Medical and sanitary report of the native army of Bengal for the year
Year: 1874
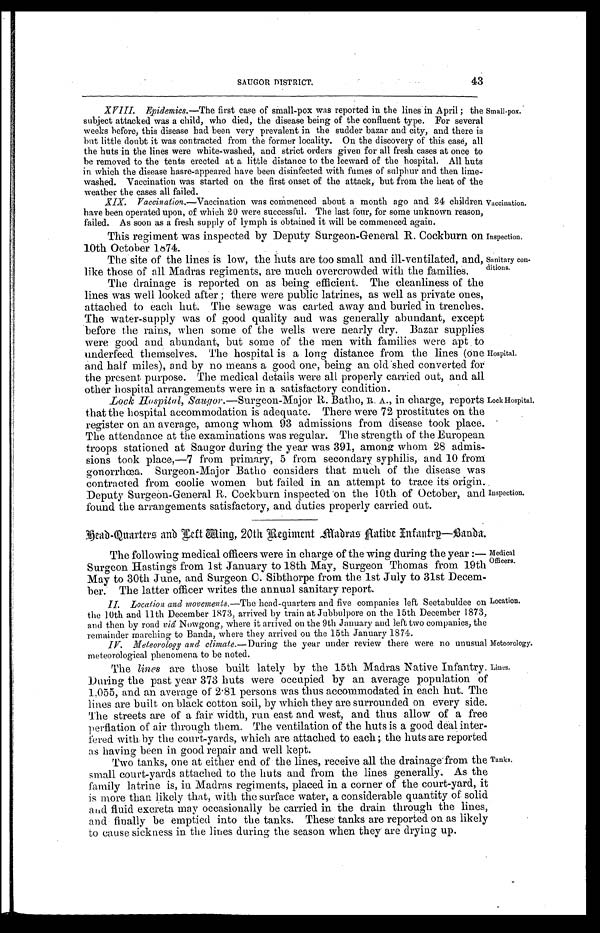
43
SAUGOR DISTRICT.
XVIII. Epidemics.—The first case of small-pox was reported in the lines in April ; the
subject attacked was a child, who died, the disease being of the confluent type. For several
weeks before, this disease had been very prevalent in the sudder bazar and city, and there is
but little doubt it was contracted from the former locality. On the discovery of this case, all
the huts in the lines were white-washed, and strict orders given for all fresh cases at once to
be removed to the tents erected at a little distance to the leeward of the hospital. All huts
in which the disease hasre-appeared have been disinfected with fumes of sulphur and then lime-
washed. Vaccination was started on the first onset of the attack, but from the heat of the
weather the cases all failed.
XIX. Vaccination .—Vaccination was commenced about a month ago and 24 children
have been operated upon, of which 20 were successful. The last four, for some unknown reason,
failed. As soon as a fresh supply of lymph is obtained it will be commenced again.
This regiment was inspected by Deputy Surgeon-General R. Cockburn on
10th October 1874.
The site of the lines is low, the huts are too small and ill-ventilated, and,
like those of all Madras regiments, are much overcrowded with the families.
Small-pox.
Vaccination.
Inspection.
Sanitary con-
ditions.
The drainage is reported on as being efficient. The cleanliness of the
lines was well looked after ; there were public latrines, as well as private ones,
attached to each hut. The sewage was carted away and buried in trenches.
The water-supply was of good quality and was generally abundant, except
before the rains, when some of the wells were nearly dry. Bazar supplies
were good and abundant, but some of the men with families were apt to
underfeed themselves. The hospital is a long distance from the lines (one
and half miles), and by no means a good one, being an old shed converted for
the present purpose. The medical details were all properly carried out, and all
other hospit al arrangements were in a satisfactory condition.
Lock Hospital, Saugor. .—Surgeon-Major R. Batho, R. A., in charge, reports
that the hospital accommodation is adequate. There were 72 prostitutes on the
register on an average, among whom 93 admissions from disease took place.
The attendance at the examinations was regular. The strength of the European
troops stationed at Saugor during the year was 391, among whom 28 admis-
sions took place,—7 from primary, 5 from secondary syphilis, and 10 from
gonorrhœa. Surgeon-Major Batho considers that much of the disease was
contracted from coolie women but failed in an attempt to trace its origin.
Deputy Surgeon-General R. Cockburn inspected on the 10th of October, and
found the arrangements satisfactory, and duties properly carried out.
Head-Quarters and Left Wing, 20th Regiment Madras Native Infantry—Banda.
The following medical officers were in charge of the wing during the year :—
Surgeon Hastings from 1st January to 18th May, Surgeon Thomas from 19th
May to 30th June, and Surgeon C. Sibthorpe from the 1st July to 31st Decem-
ber. The latter officer writes the annual sanitary report.
II. Location and movements .—The head-quarters and five companies left Seetabuldee on
the 10th and 11th December 1873, arrived by train at Jubbulpore on the 15th December 1873,
and then by road viâ Nowgong, where it arrived on the 9th January and left two companies, the
remainder marching to Banda, where they arrived on the 15th January 1874.
Hospital.
Lock Hospital.
Inspection.
Medical
Officers.
Location.
IV. Meteorology and climate.— During the year under review there were no unusual
meteorological phenomena to be noted.
The lines are those built lately by the 15th Madras Native Infantry.
During the past year 373 huts were occupied by an average population of
1.055, and an average of 2 . 81 persons was thus accommodated in each hut. The
lines are built on black cotton soil, by which they are surrounded on every side.
The streets are of a fair width, run east and west, and thus allow of a free
perflation of air through them. The ventilation of the huts is a good deal inter-
fered with by the court-yards, which are attached to each ; the huts are reported
as having been in good repair and well kept.
Meteorology.
Lines.
Two tanks, one at either end of the lines, receive all the drainage from the
small court-yards attached to the huts and from the lines generally. As the
family latrine is, in Madras regiments, placed in a corner of the court-yard, it
is more than likely that, with the surface water, a considerable quantity of solid
and fluid excreta may occasionally be carried in the drain through the lines,
and finally be emptied into the tanks. These tanks are reported on as likely
to cause sickness in the lines during the season when they are drying up.
Tanks.